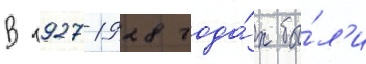
В 1927-1928 года́х бы́л'и